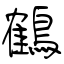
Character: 鶴